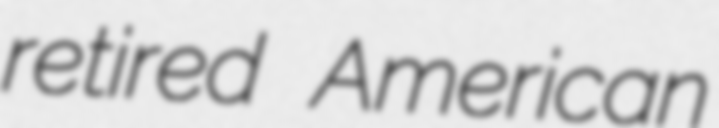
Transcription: retired American